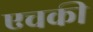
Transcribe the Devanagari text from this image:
एचकी